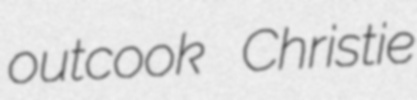
outcook Christie